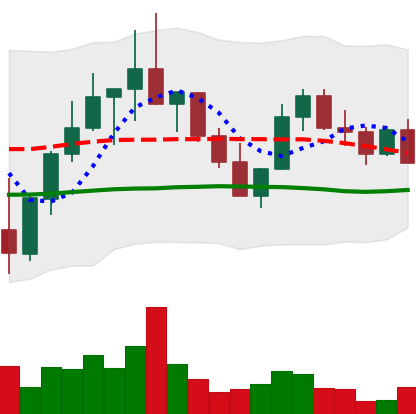
Ticker: LINK-USD
Chart end date: 2022-10-10
Forward return: -6.702%
Label: down_5_7